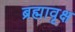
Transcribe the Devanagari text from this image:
ब्रह्मावृक्ष